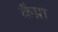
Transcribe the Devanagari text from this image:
कैप्रा